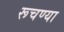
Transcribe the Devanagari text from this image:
रूचण्या